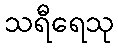
သရီရေသု